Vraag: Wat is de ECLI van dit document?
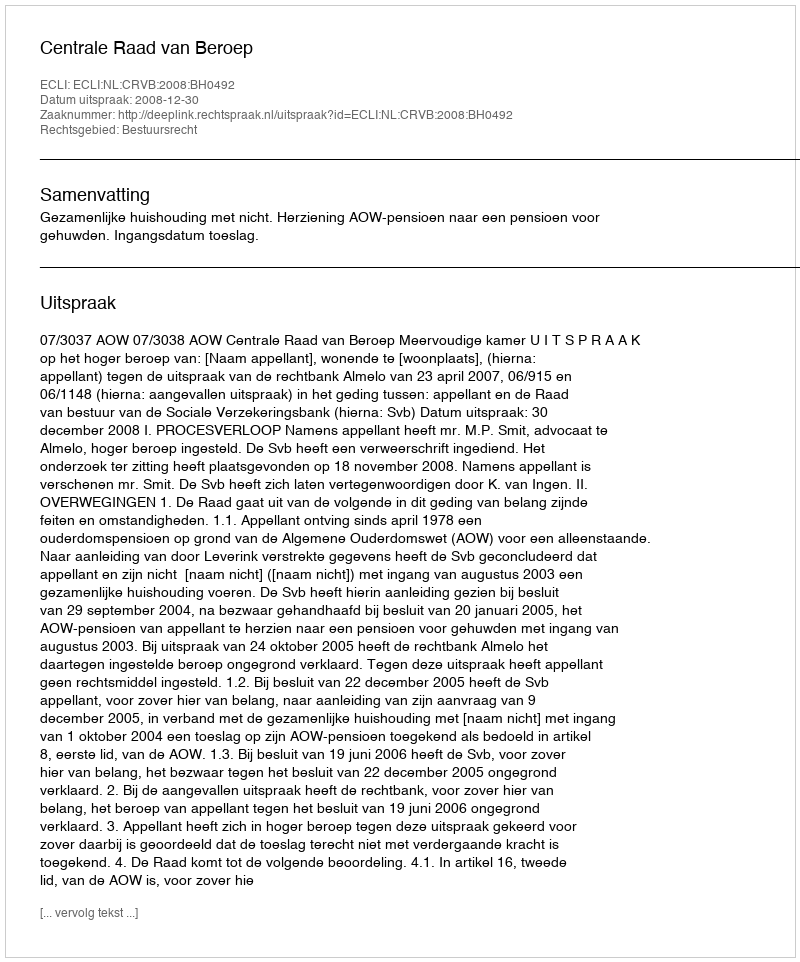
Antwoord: ECLI:NL:CRVB:2008:BH0492